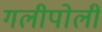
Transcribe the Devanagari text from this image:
गलीपोली